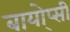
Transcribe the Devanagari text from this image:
बायो्प्सी